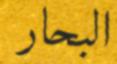
البحار